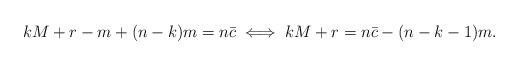
LaTeX: \begin{align*}kM+r-m+(n-k)m=n\bar{c}\iff kM+r=n\bar{c}-(n-k-1)m. \end{align*}